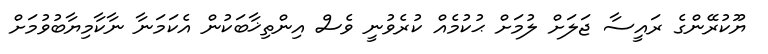
ޔޫކުރޭންގެ ރައީސާ ޖަލަށް ލުމަށް ޙުކުމެއް ކުރެވުނީ ވެސް އިންތިޚާބަކުން އެކަމަނާ ނާކާމިޔާބުވުމަށް